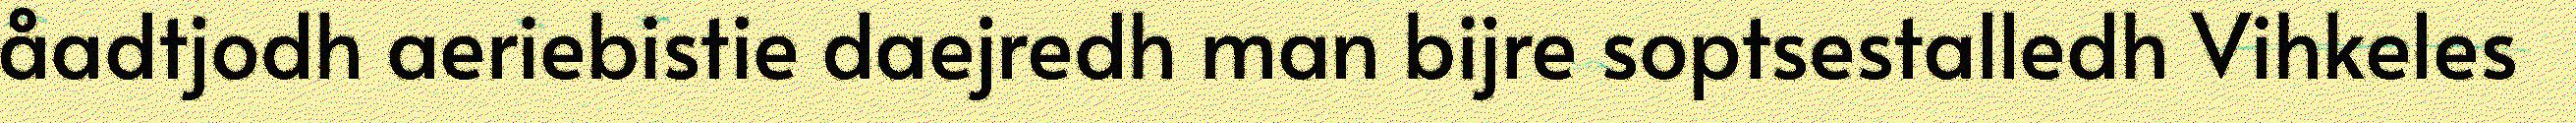
åadtjodh aeriebistie daejredh man bijre soptsestalledh Vihkeles